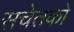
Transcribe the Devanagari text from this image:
सचेतकों